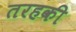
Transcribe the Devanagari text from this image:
तरहकी